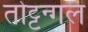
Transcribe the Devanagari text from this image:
तोट्टन्गल